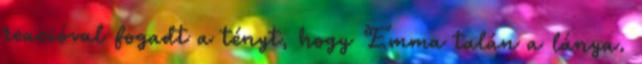
reacióval fogadt a tényt, hogy Emma talán a lánya.